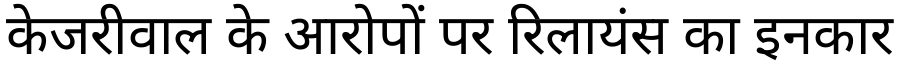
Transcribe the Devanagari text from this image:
केजरीवाल के आरोपों पर रिलायंस का इनकार